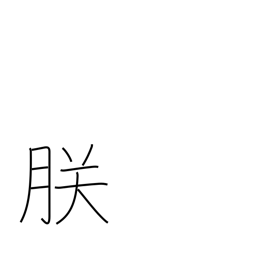
Meaning: majestic plural